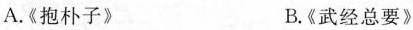
A.《抱朴子》 B.《武经总要》